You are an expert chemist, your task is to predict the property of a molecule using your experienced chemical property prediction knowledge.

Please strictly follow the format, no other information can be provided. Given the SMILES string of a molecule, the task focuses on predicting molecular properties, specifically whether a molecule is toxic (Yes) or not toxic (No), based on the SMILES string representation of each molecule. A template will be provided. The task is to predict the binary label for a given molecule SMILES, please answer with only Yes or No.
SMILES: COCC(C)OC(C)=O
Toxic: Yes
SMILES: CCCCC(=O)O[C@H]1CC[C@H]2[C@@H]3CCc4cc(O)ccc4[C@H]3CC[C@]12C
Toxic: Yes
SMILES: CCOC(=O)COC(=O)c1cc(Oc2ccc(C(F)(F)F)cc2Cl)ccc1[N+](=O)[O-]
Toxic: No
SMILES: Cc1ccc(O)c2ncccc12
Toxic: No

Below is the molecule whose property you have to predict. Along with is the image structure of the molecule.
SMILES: Nc1nnc(-c2ccc([N+](=O)[O-])o2)o1
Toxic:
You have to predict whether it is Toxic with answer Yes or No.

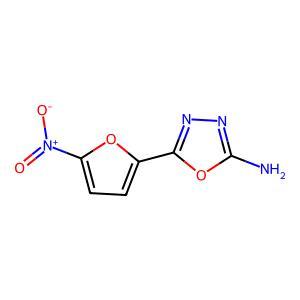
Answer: No